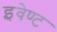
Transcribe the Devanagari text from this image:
इवेण्ट